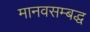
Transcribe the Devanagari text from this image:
मानवसम्बद्ध